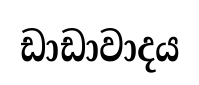
ඩාඩාවාදය